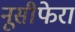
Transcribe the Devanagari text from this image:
नूसीफेरा